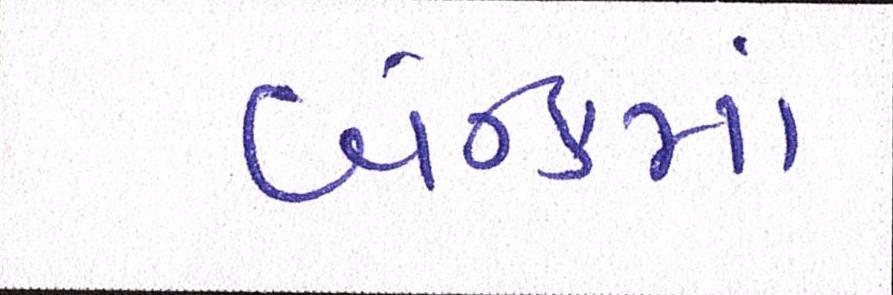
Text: બેન્કમાં